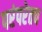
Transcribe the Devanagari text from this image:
परंपरेतच